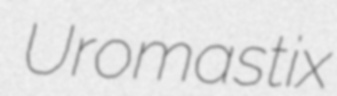
Uromastix